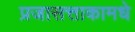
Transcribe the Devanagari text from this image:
प्रजासत्ताकामधे